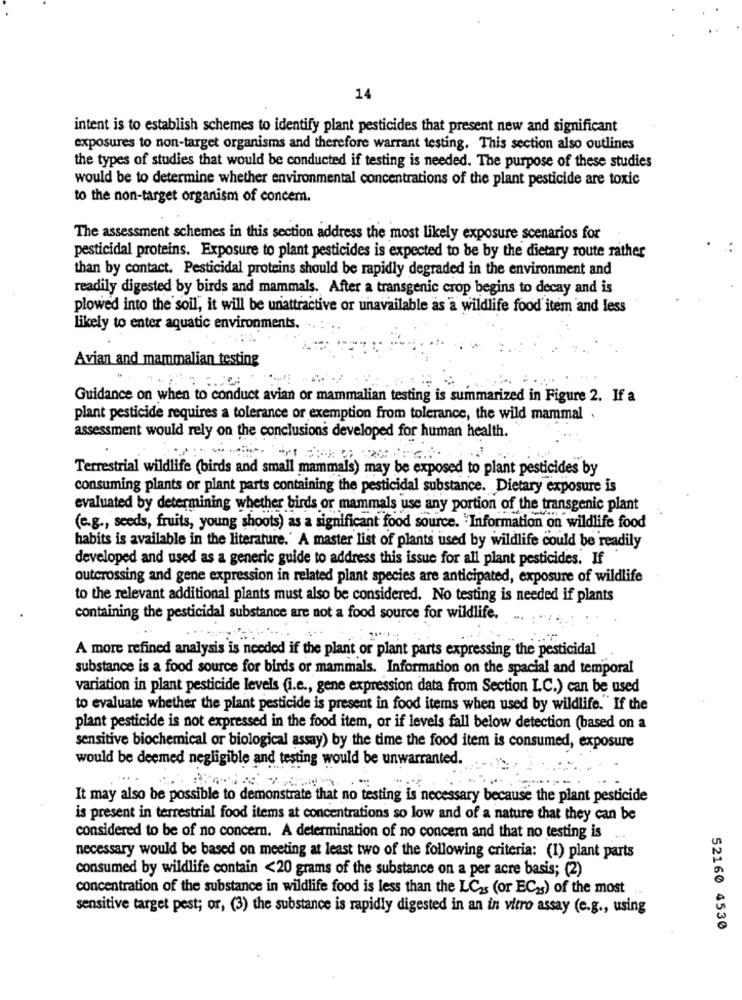
14
intent is to establish schemes to identify plant pesticides that present new and significant
exposures to non-target organisms and therefore warrant testing. This section also outlines
the types of studies that would be conducted if testing is needed. The purpose of these studies
would be to determine whether environmental concentrations of the plant pesticide are toxic
to the non-target organism of concern.
The assessment schemes in this section address the most likely exposure scenarios for
pesticidal proteins. Exposure to plant pesticides is expected to be by the dietary route rather
than by contact. Pesticidal proteins should be rapidly degraded in the environment and
readily digested by birds and mammals. After a transgenic crop begins to decay and is
plowed into the soil, it will be unattractive or unavailable as a wildlife food item and less
likely to enter aquatic environments.
Avian and mammalian testing
Guidance on when to conduct avian or mammalian testing is summarized in Figure 2. If a
plant pesticide requires a tolerance or exemption from tolerance, the wild mammal
assessment would rely on the conclusions developed for human health.
Terrestrial wildlife (birds and small mammals) may be exposed to plant pesticides by
consuming plants or plant parts containing the pesticidal substance. Dietary exposure is
evaluated by determining whether birds or mammals use any portion of the transgenic plant
(e.g ., seeds, fruits, young shoots) as a significant food source. "Information on wildlife food
habits is available in the literature.' A master list of plants used by wildlife could be readily
developed and used as a generic guide to address this issue for all plant pesticides. If
outcrossing and gene expression in related plant species are anticipated, exposure of wildlife
to the relevant additional plants must also be considered. No testing is needed if plants
containing the pesticidal substance are not a food source for wildlife.
A more refined analysis is needed if the plant or plant parts expressing the pesticidal
substance is a food source for birds or mammals. Information on the spacial and temporal
variation in plant pesticide levels (i.e ., gene expression data from Section I.C.) can be used
to evaluate whether the plant pesticide is present in food items when used by wildlife."If the
plant pesticide is not expressed in the food item, or if levels fall below detection (based on a
sensitive biochemical or biological assay) by the time the food item is consumed, exposure
would be deemed negligible and testing would be unwarranted.
It may also be possible to demonstrate that no testing is necessary because the plant pesticide
is present in terrestrial food items at concentrations so low and of a nature that they can be
considered to be of no concern. A determination of no concern and that no testing is
necessary would be based on meeting at least two of the following criteria: (1) plant parts
consumed by wildlife contain <20 grams of the substance on a per acre basis; (2)
concentration of the substance in wildlife food is less than the LC2s (or EC2s) of the most
sensitive target pest; or, (3) the substance is rapidly digested in an in vitro assay (e.g ., using
52160 4530